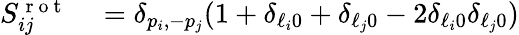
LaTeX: \begin{array}{rl}{S_{ij}^{\mathrm{~r~o~t~}}}&{{}=\delta_{p_{i},-p_{j}}(1+\delta_{\ell_{i}0}+\delta_{\ell_{j}0}-2\delta_{\ell_{i}0}\delta_{\ell_{j}0})}\end{array}